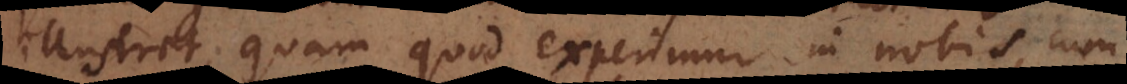
illustret, quam quod experimur in nobis, cum